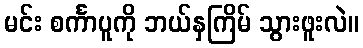
မင်း စင်္ကာပူကို ဘယ်နှကြိမ် သွားဖူးလဲ။